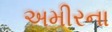
અમીરના